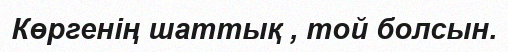
Көргенің шаттық , той болсын.